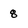
Character: 8